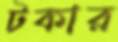
টকার